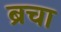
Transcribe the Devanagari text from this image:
ब्रचा